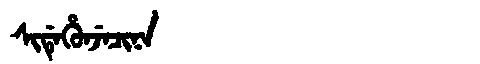
Manchu: ᠰᡳᡩᡝᡥᡠᠨᠵᡝᠴᡳᠨᠠ
Romanization: SIDEHUNJECINA